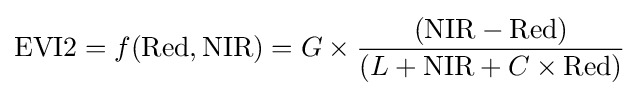
{\text{EVI2}}=f({\text{Red}},{\text{NIR}})=G\times {({\text{NIR}}-{\text{Red}}) \over (L+{\text{NIR}}+C\times {\text{Red}})}